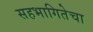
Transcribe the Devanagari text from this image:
सहभागितेचा